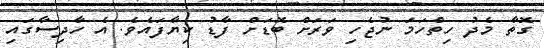
ގޮތާ މެދު ހިތްހަމަ ނުޖެހި ވަރަށް ބޮޑަށް ފާޑު ކިޔާފައެވެ. އެ ހާދިސާގައި